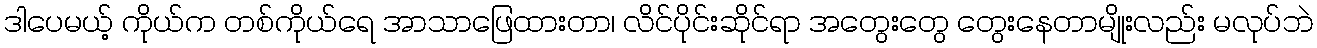
ဒါပေမယ့် ကိုယ်က တစ်ကိုယ်ရေ အာသာဖြေထားတာ၊ လိင်ပိုင်းဆိုင်ရာ အတွေးတွေ တွေးနေတာမျိုးလည်း မလုပ်ဘဲ